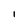
Character: l